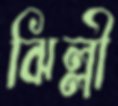
ঝিল্লী